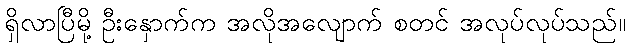
ရှိလာပြီမို့ ဦးနှောက်က အလိုအလျောက် စတင် အလုပ်လုပ်သည်။